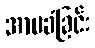
အာမခံခြင်း